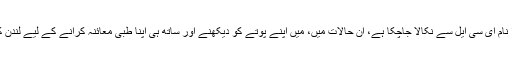
ان کا کہنا تھا کہ ’عدالت نے مجھے ضمانت پر رہا کردیا اور میرا نام ای سی ایل سے نکالا جاچکا ہے، ان حالات میں، میں اپنے پوتے کو دیکھنے اور ساتھ ہی اپنا طبی معائنہ کرانے کے لیے لندن کا مختصر دورہ کرنے جارہا ہوں اور انشاءاللہ جلد واپس آجاؤں گا‘۔